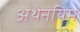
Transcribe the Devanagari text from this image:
अथेनयिम